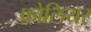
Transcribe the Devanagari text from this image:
फ़ोलियर